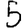
Digit: 5